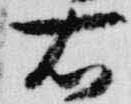
右